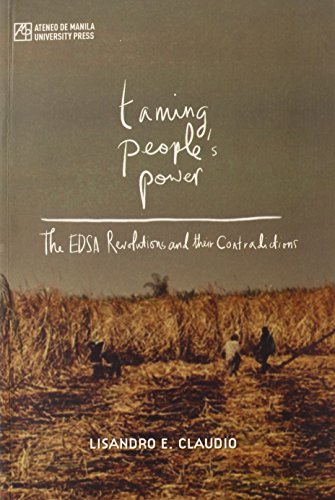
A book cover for Taming People's Power: The EDSA Revolutions and Their Contradictions; Lisandro E. Claudio; History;